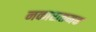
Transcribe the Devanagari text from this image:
नकारातमक